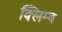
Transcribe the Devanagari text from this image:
क्लिम्ब